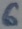
Text: 6